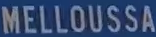
MELLOUSSA